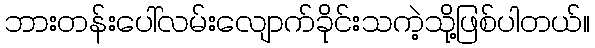
ဘားတန်းပေါ်လမ်းလျောက်ခိုင်းသကဲ့သို့ဖြစ်ပါတယ်။